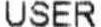
USER